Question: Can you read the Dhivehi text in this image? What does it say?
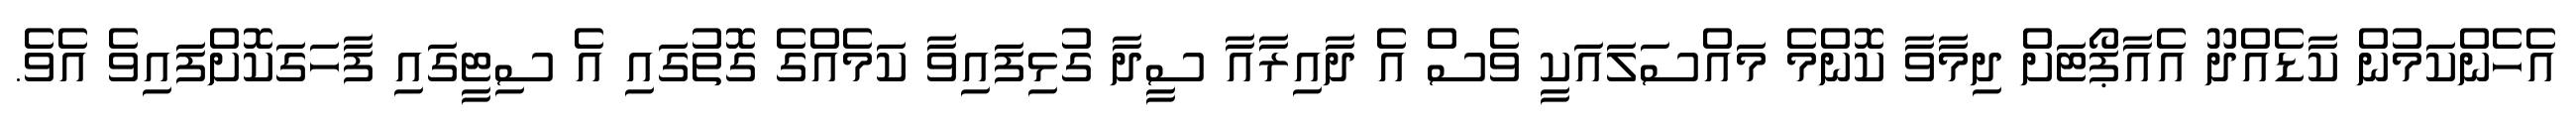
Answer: އެހެންކަމުން ކާޑެއްދޫ އެއާޕޯޓަށް ދިމާވާ ކޮންމެ މައްސަލައަކީ ވެސް އެ ދާއިރާއާ ސީދާ ގުޅިފައިވާ ކަމެއްގެ ގޮތުގައި އެ ސިޓީގައި ފާހަގަކޮށްފައިވެ އެވެ.